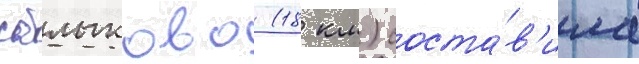
сатлыково (18 км) соста́в'ила